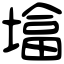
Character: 墖